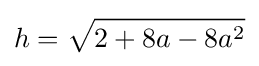
h={\sqrt {2+8a-8a^{2}}}